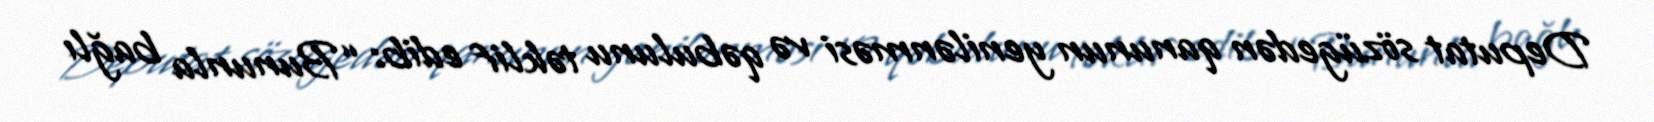
Deputat sözügedən qanunun yenilənməsi və qəbulunu təklif edib: “Bununla bağlı